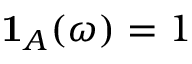
\mathbf { 1 } _ { A } ( \omega ) = 1